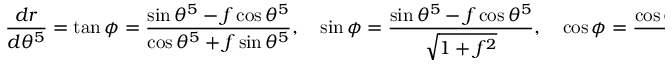
\frac { d r } { d \theta ^ { 5 } } = \tan \phi = \frac { \sin \theta ^ { 5 } - f \cos \theta ^ { 5 } } { \cos \theta ^ { 5 } + f \sin \theta ^ { 5 } } , \quad \sin \phi = \frac { \sin \theta ^ { 5 } - f \cos \theta ^ { 5 } } { \sqrt { 1 + f ^ { 2 } } } , \quad \cos \phi = \frac { \cos \theta ^ { 5 } + f \sin \theta ^ { 5 } } { \sqrt { 1 + f ^ { 2 } } } .